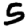
Digit: 5